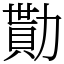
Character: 勩